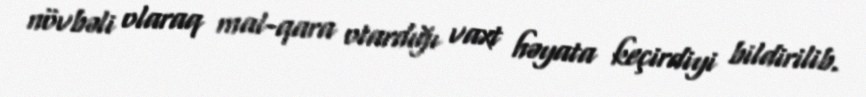
növbəli olaraq mal-qara otardığı vaxt həyata keçirdiyi bildirilib.